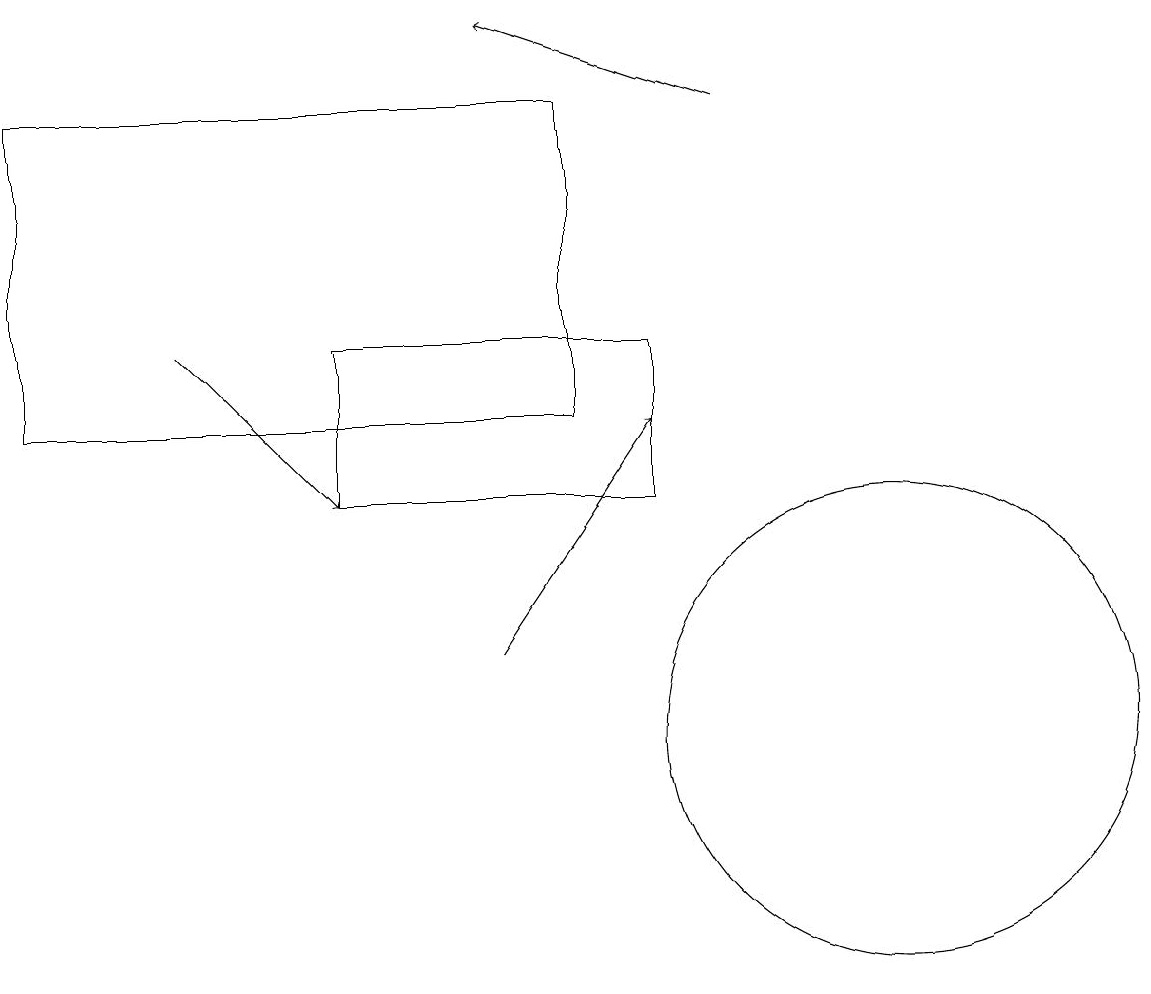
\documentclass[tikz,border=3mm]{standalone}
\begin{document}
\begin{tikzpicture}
\draw (7,14) rectangle (0,18);
\draw[->] (6,11) -- (8,14);
\draw[->] (9,18) -- (6,19);
\draw (8,13) rectangle (4,15);
\draw (11,10) circle (3);
\draw[->] (2,15) -- (4,13);
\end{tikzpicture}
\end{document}